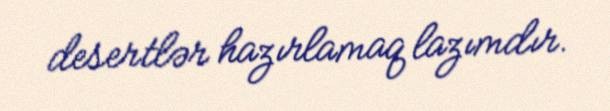
desertlər hazırlamaq lazımdır.